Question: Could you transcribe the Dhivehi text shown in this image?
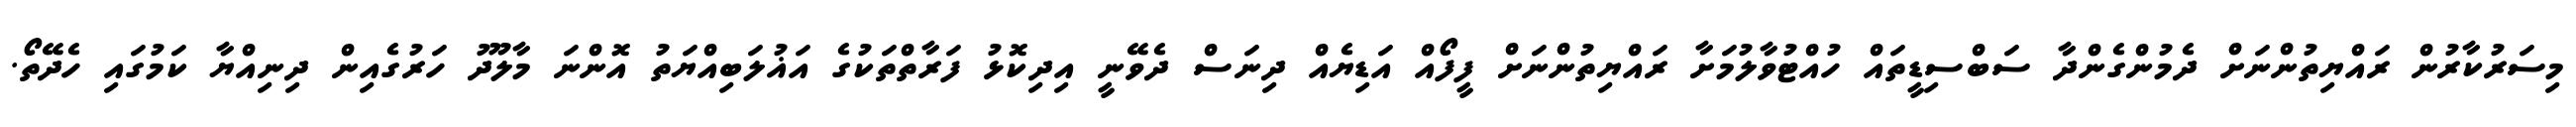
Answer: މިސަރުކާރުން ރައްޔިތުންނަށް ދެމުންގެންދާ ސަބްސިޑީތައް ހުއްޓުވާލުމަށާ ރައްޔިތުންނަށް ފީފޯއް އަޑިޔެއް ދިނަސް ދެވޭނީ އިދިކޮޅު ފަރާތްތަކުގެ އަޣުލަބިއްޔަތު އޮންނަ މާލޫދު ހަރުގެއިން ދިނިއްޔާ ކަމުގައި ހެދޭތޯ.